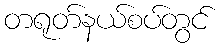
တရုတ်နယ်စပ်တွင်